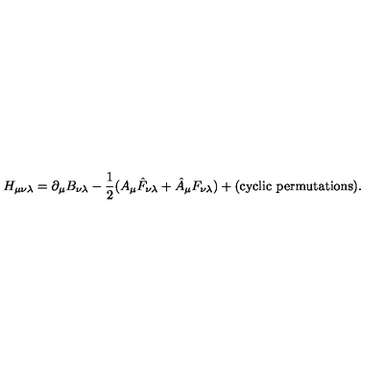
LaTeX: H _ { \mu \nu \lambda } = \partial _ { \mu } B _ { \nu \lambda } - { \frac { 1 } { 2 } } ( A _ { \mu } \hat { F } _ { \nu \lambda } + \hat { A } _ { \mu } F _ { \nu \lambda } ) + ( \mathrm { c y c l i c \ p e r m u t a t i o n s } ) .